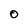
Character: 0